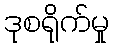
ဒုစရိုက်မှု